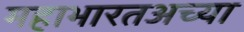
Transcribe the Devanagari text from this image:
महाभारतअच्या